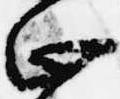
止